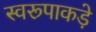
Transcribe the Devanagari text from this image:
स्वरूपाकड़े